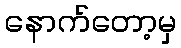
နောက်တော့မှ